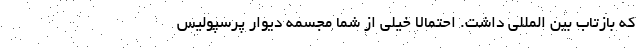
که بازتاب بین المللی داشت. احتمالا خیلی از شما مجسمه دیوار پرسپولیس